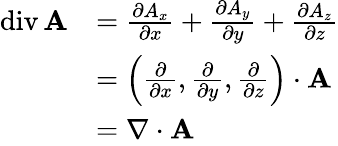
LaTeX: {\begin{array}{rl}{\operatorname{div}\mathbf{A}}&{={\frac{\partial A_{x}}{\partial x}}+{\frac{\partial A_{y}}{\partial y}}+{\frac{\partial A_{z}}{\partial z}}}\\ &{=\left({\frac{\partial}{\partial x}},{\frac{\partial}{\partial y}},{\frac{\partial}{\partial z}}\right)\cdot\mathbf{A}}\\ &{=\nabla\cdot\mathbf{A}}\end{array}}